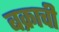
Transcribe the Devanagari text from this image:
बक्राची